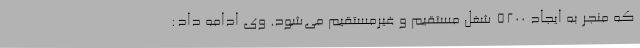
که منجر به ایجاد 5200 شغل مستقیم و غیرمستقیم می‌شود. وی ادامه داد: